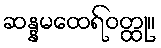
ဆန္နမထေရ်ဝတ္ထု။